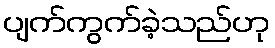
ပျက်ကွက်ခဲ့သည်ဟု